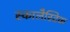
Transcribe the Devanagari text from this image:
स्कालैस्टिक